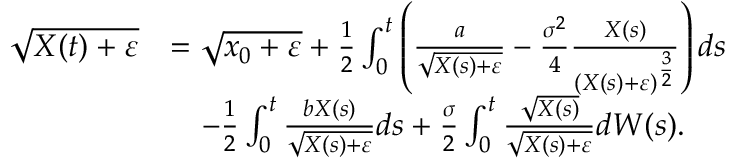
\begin{array} { r l } { \sqrt { X ( t ) + \varepsilon } } & { = \sqrt { x _ { 0 } + \varepsilon } + \frac { 1 } { 2 } \int _ { 0 } ^ { t } \left( \frac { a } { \sqrt { X ( s ) + \varepsilon } } - \frac { \sigma ^ { 2 } } { 4 } \frac { X ( s ) } { ( X ( s ) + \varepsilon ) ^ { \frac { 3 } { 2 } } } \right) d s } \\ & { \quad - \frac { 1 } { 2 } \int _ { 0 } ^ { t } \frac { b X ( s ) } { \sqrt { X ( s ) + \varepsilon } } d s + \frac { \sigma } { 2 } \int _ { 0 } ^ { t } \frac { \sqrt { X ( s ) } } { \sqrt { X ( s ) + \varepsilon } } d W ( s ) . } \end{array}